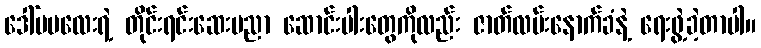
ဒေါ်မမလေးရဲ့ တိုင်းရင်းဆေးပညာ ဆောင်းပါးတွေကိုလည်း ဇာတ်လမ်းနောက်ခံနဲ့ ရေးဖွဲ့ခဲ့တာပါ။